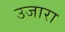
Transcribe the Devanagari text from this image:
उजारा